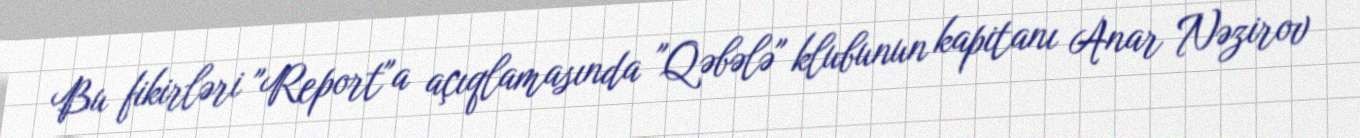
Bu fikirləri "Report"a açıqlamasında "Qəbələ" klubunun kapitanı Anar Nəzirov